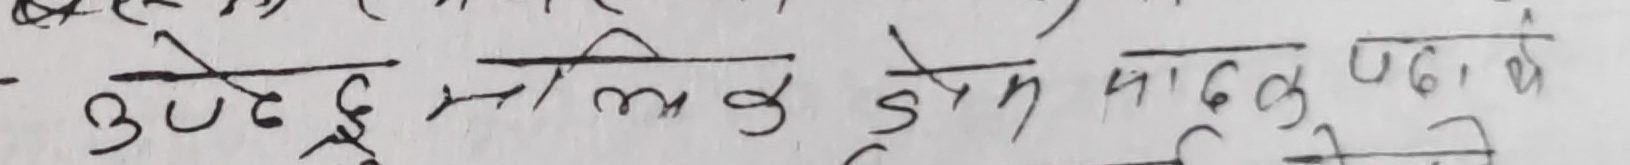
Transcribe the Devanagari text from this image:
उद्देश्यमा बल पुग्ने, पाठनके